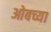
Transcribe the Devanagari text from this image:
ओबच्या